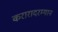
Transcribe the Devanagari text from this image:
करारादरम्यान